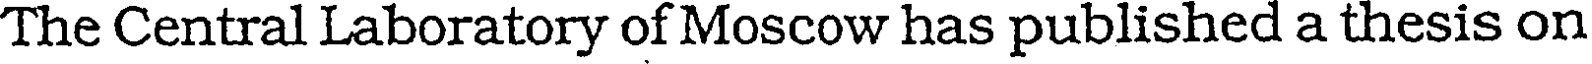
The Central Laboratory of Moscow has published a thesis on